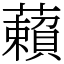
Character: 藾